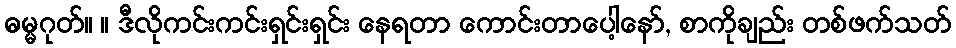
ဓမ္မဂုတ်။ ။ ဒီလိုကင်းကင်းရှင်းရှင်း နေရတာ ကောင်းတာပေါ့နော်, စာကိုချည်း တစ်ဖက်သတ်